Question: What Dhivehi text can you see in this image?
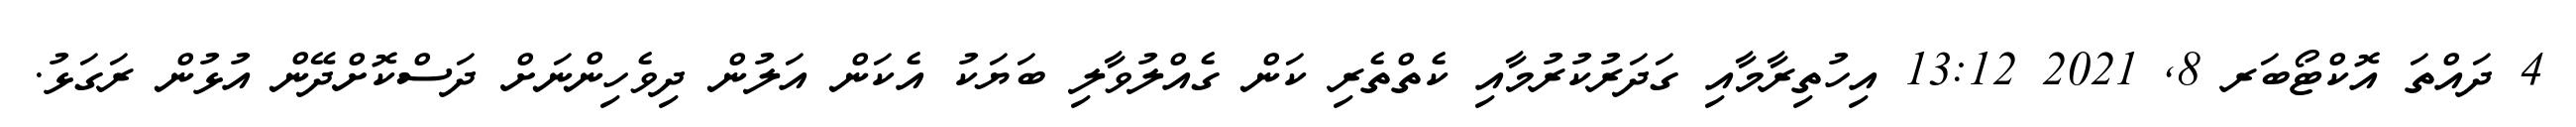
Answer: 4 ދައްތަ އޮކްޓޯބަރ 8, 2021 13:12 އިހުތިރާމާއި ގަދަރުކުރުމާއި ކެތްތެރި ކަން ގެއްލުވާލި ބަޔަކު އެކަން އަލުން ދިވެހިންނަށް ދަސްކޮށްދޭން އުޅުން ރަގަޅު.